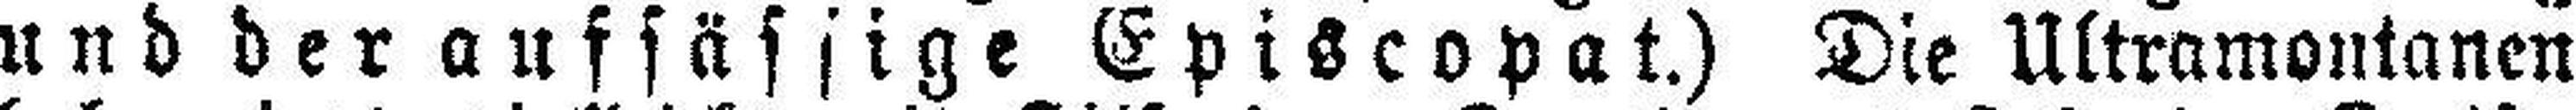
und der aufsässige Episcopat.) Die Ultramontanen